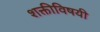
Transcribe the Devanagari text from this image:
शक्तीविषयी